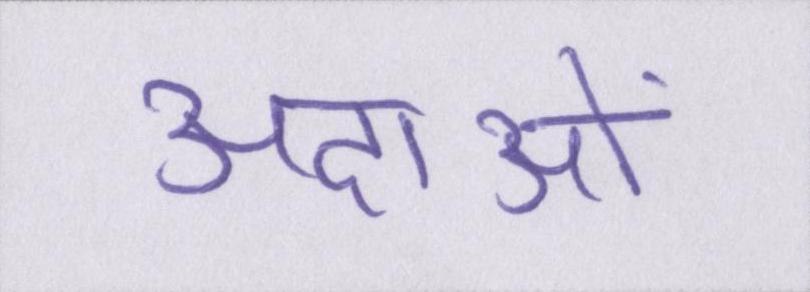
अदाओं